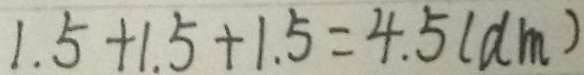
1 . 5 + 1 . 5 + 1 . 5 = 4 . 5 ( d m )